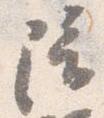
陪